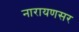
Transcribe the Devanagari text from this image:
नारायणसर